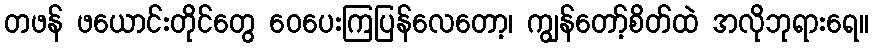
တဖန် ဖယောင်းတိုင်တွေ ဝေပေးကြပြန်လေတော့၊ ကျွန်တော့်စိတ်ထဲ အလိုဘုရားရေ။